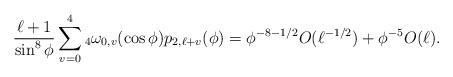
LaTeX: \begin{align*}&\frac{\ell+1}{\sin^8 \phi} \sum_{v=0}^4 {_4}\omega_{0,v}(\cos \phi) p_{2,\ell+v}(\phi)= \phi^{-8-1/2} O(\ell^{-1/2})+\phi^{-5} O(\ell). \end{align*}